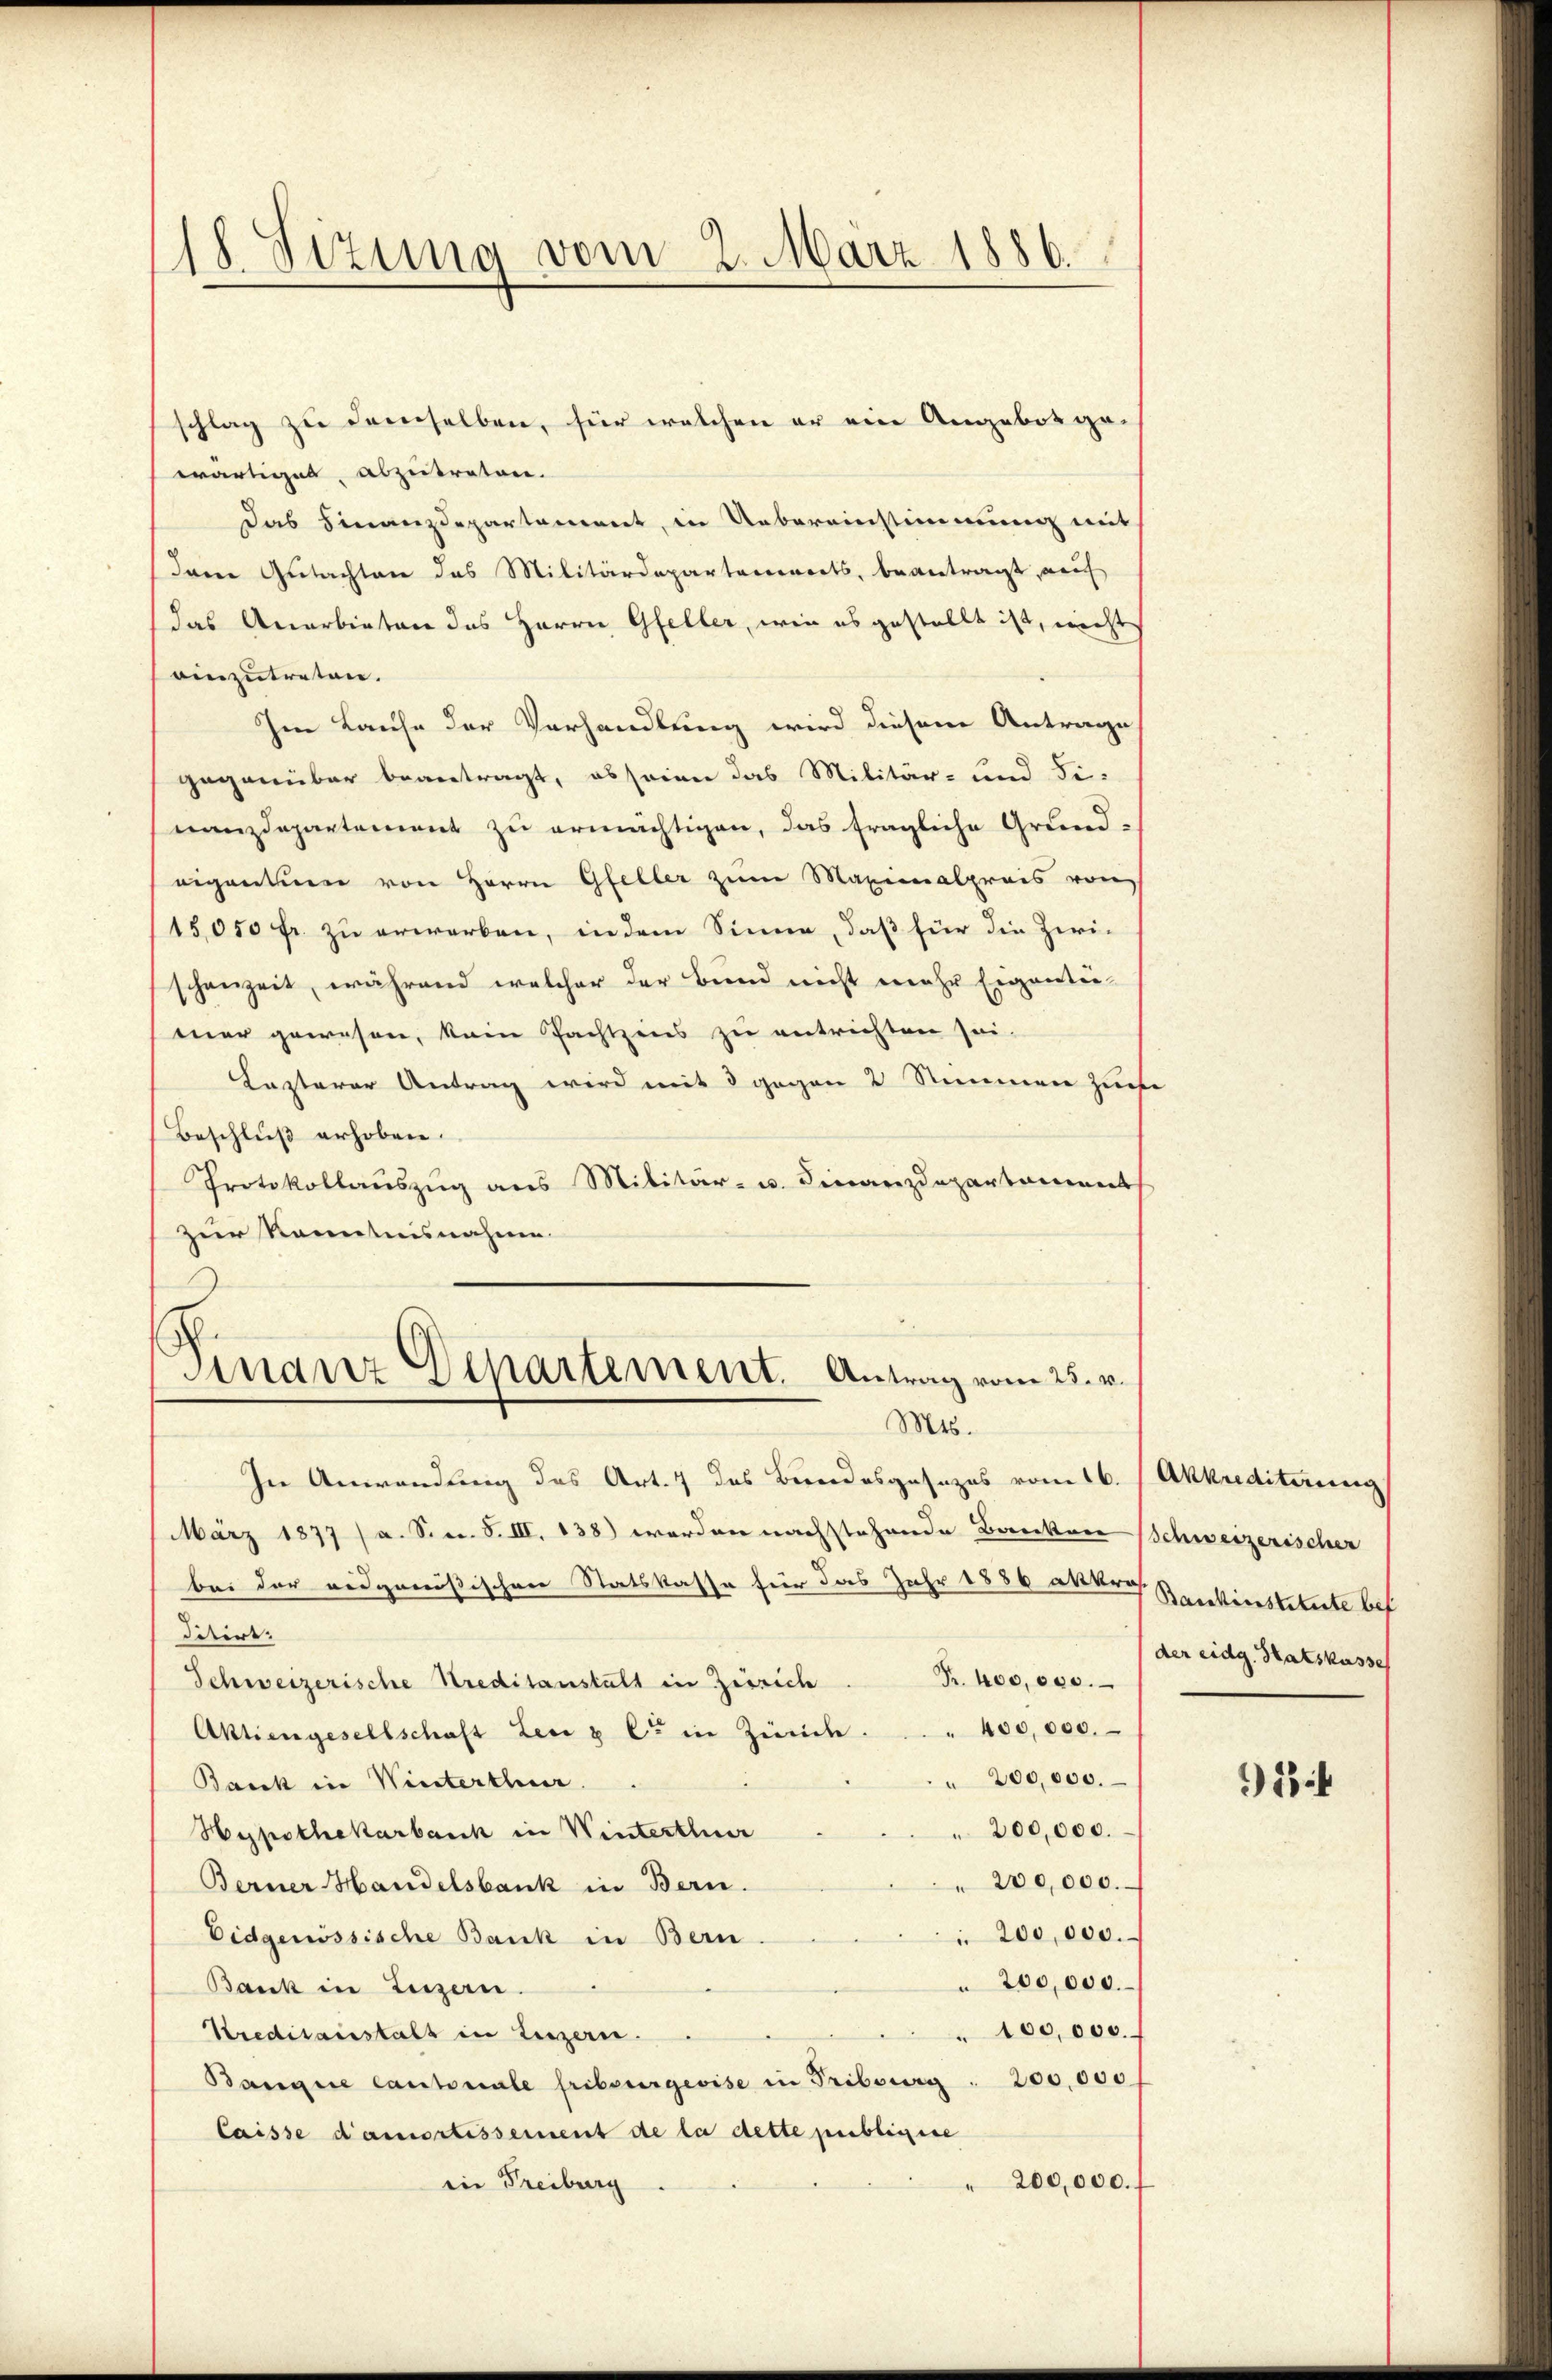
118. Seizung vom 2. März 1886.
e

schlag zu demselben, für welchen er ein Angebot ge-
wärtiges, abzutreten.
das Finanzdepartement, in Uebereinstimmung mit,
dare Gutachten das Militärdepartanereits, beantragt, auch
das Anerbieten das Herrn Gfeller, wie es gestellt ist, nicht
einzutreten.
Im Laufe der Verhandlung wird diesem Antrage
gegenüber beantragt, es seine das Militär- und Fi-
nanzdepartement zu ermächtigen, das fragliche Grund-
eigentum von Herrn Gfeller zum Maximalpreis von
15050 fr. zu erworben, indem Sinne, daß für die Ziri-
schenzeit, während welcher der Bund nicht mehr Eigentumer gewesen, kein Pachtzins zu entrichten sei-
Lasterer Antrag wird mit 8 gegen 2 Stimmen zuse
Beschluß erhoben.
Protokollauszug aus Militär- u. Finanzdepartament
zur Kenntnisnahme.

Finanz Departement. Antrag vom 25. v.
Mts.

In Anwendung des Art. 7 des Bundesgesezes vom 16. (Akkrediterung
März 1877 (a. S. S. III. 138) worden nachstehende Banken
bei der eidgenößischen Statskasse für das Jahr 1856 akkros. Brockernstetente bes
ditirt.
Fr. 400,000.
Schweizerische Kreditanstalt in Zissich
" 400,000.
Aktiengesellschaft Leu & Cie in Zürich.
" 200,000.
Banck in Winterthur.
200,000.
Hypothekarbank in Winterthur
200,000.
Berner Handelsbank in Bern.
 200,000.
Eidgenössische Bank in Bern.
200,000.
Bank in Luzen.
" 100,000.
Kreditanstals in Luzern.
Bangue Cantonale fribourgevise in Fribourg . 200,000
laisse d’amortissement de la dette publizise
200,000.
iin Freiburg

Schweizerischen
der eidg. Hatskasse

14